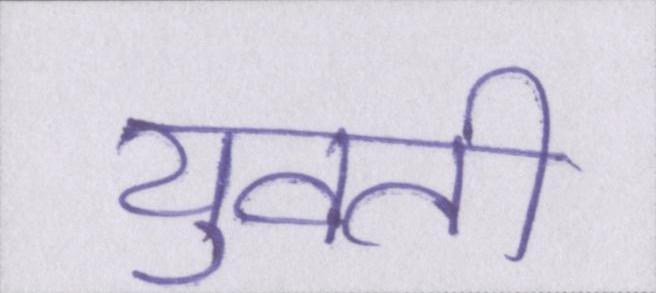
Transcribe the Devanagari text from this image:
युवती